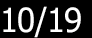
10/19